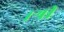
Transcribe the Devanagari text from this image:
।श्री